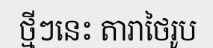
ថ្មីៗនេះ តារាថៃរូប